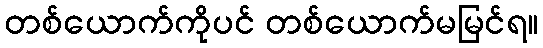
တစ်ယောက်ကိုပင် တစ်ယောက်မမြင်ရ။